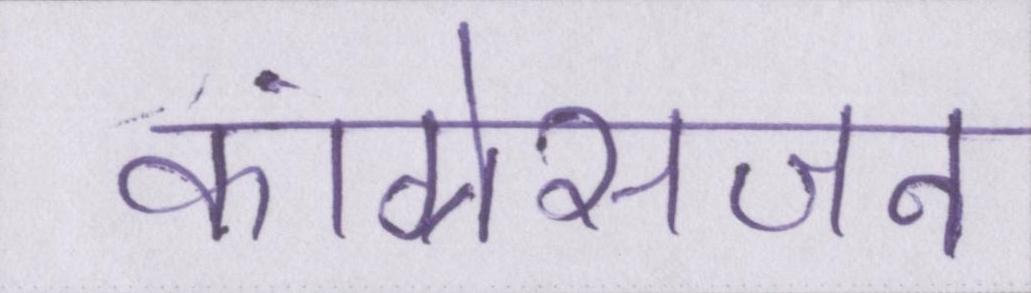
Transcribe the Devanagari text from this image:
कांग्रेसजन